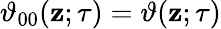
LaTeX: \vartheta_{00}(\mathbf{z};\tau)=\vartheta(\mathbf{z};\tau)